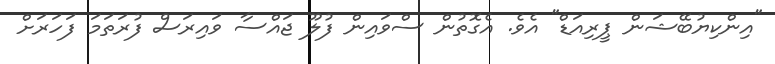
"އިންކިޔުބޭޝަން ޕީރިއަޑް" އެވެ. އެގޮތުން ސްވައިން ފުލޫ ޖައްސާ ވައިރަސް ފުރަތަމަ ފަހަރަށް